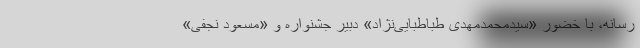
رسانه، با خضور «سیدمحمدمهدی طباطبایی‌نژاد» دبیر جشنواره و «مسعود نجفی»